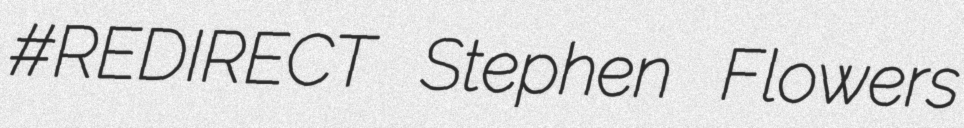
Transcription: #REDIRECT Stephen Flowers